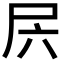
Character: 𰍲